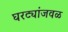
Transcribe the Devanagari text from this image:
घरट्यांजवळ